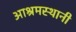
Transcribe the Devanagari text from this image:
आश्रमस्थानी